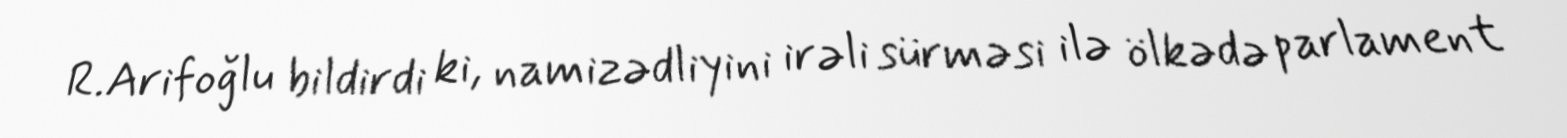
R.Arifoğlu bildirdi ki, namizədliyini irəli sürməsi ilə ölkədə parlament